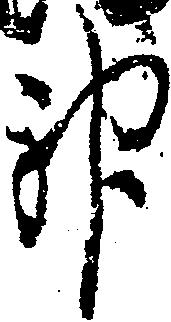
神